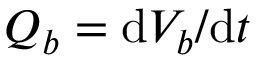
Q _ { b } = \mathrm { d } V _ { b } / \mathrm { d } t